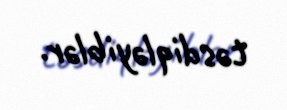
təsdiqləyiblər.